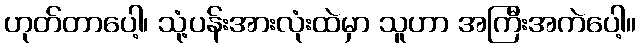
ဟုတ်တာပေါ့၊ သုံ့ပန်းအားလုံးထဲမှာ သူဟာ အကြီးအကဲပေါ့။